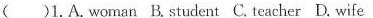
( )1.A.Woman B.Student C. Teacher D. Wife